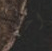
آخر